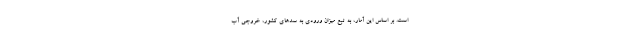
است. بر اساس این آمار، به تبع میزان ورودی به سدهای کشور، خروجی آب